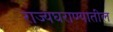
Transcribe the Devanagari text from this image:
राज्यघराण्यातील